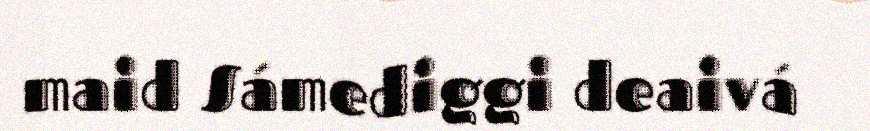
maid Sámediggi deaivá